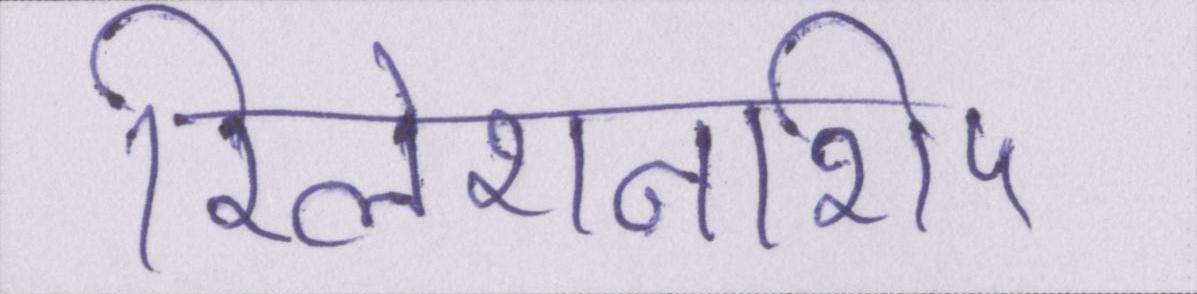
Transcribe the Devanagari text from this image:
रिलेशनशिप